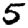
Digit: 5